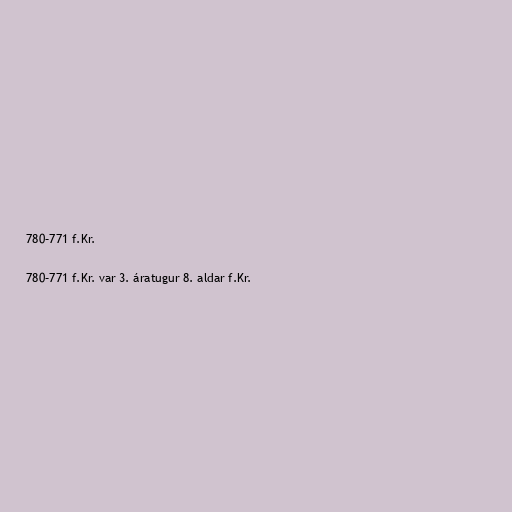
780–771 f.Kr.

780–771 f.Kr. var 3. áratugur 8. aldar f.Kr.